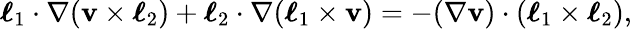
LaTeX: \boldsymbol{\ell}_{1}\cdot\nabla(\mathbf{v}\times\boldsymbol{\ell}_{2})+\boldsymbol{\ell}_{2}\cdot\nabla(\boldsymbol{\ell}_{1}\times\mathbf{v})=-(\nabla\mathbf{v})\cdot(\boldsymbol{\ell}_{1}\times\boldsymbol{\ell}_{2}),